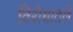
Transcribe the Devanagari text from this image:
विरोधातले